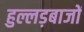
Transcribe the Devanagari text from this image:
हुल्लड़बाजों